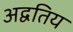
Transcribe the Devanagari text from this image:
अद्वतिय